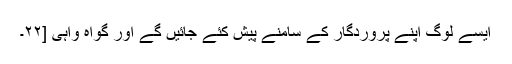
ایسے لوگ اپنے پروردگار کے سامنے پیش کئے جائیں گے اور گواہ واہی [٢٢۔